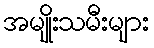
အမျိုးသမီးများ